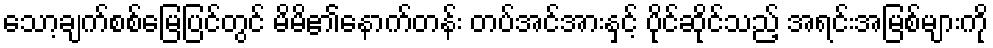
သော့ချက်စစ်မြေပြင်တွင် မိမိ၏နောက်တန်း တပ်အင်အားနှင့် ပိုင်ဆိုင်သည့် အရင်းအမြစ်များကို